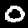
Label: 0